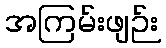
အကြမ်းဖျဉ်း